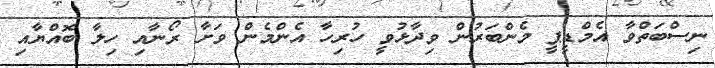
ނިސްބަތްވާ އެމްޑީޕީ މެންބަރުން ވިދާޅުވީ ހުރިހާ އެންމެން ވަށާ ރޯނާއި ހިލާ ބޮއްޔާއި